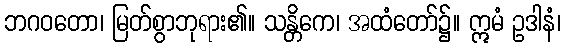
ဘဂဝတော၊ မြတ်စွာဘုရား၏။ သန္တိကေ၊ အထံတော်၌။ ဣမံ ဥဒါနံ၊